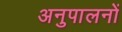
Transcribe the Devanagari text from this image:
अनुपालनों